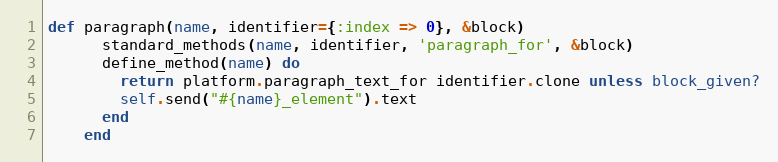
Language: Ruby
def paragraph(name, identifier={:index => 0}, &block)
      standard_methods(name, identifier, 'paragraph_for', &block)
      define_method(name) do
        return platform.paragraph_text_for identifier.clone unless block_given?
        self.send("#{name}_element").text
      end
    end